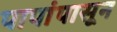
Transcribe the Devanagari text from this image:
पापांपासून